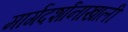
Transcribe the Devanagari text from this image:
मार्गदर्शानाखाली